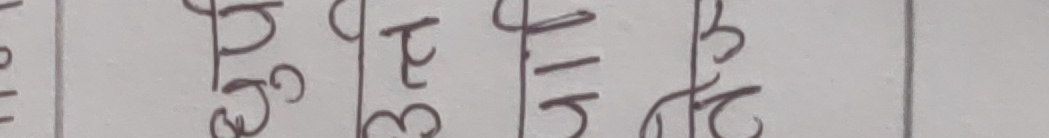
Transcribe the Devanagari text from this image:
३६। ३३। ३१। २५